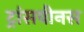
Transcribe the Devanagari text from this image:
ट्रांसवीनस